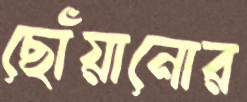
ছোঁয়ানোর